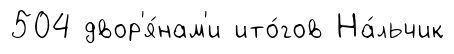
504 двор'я́нам'и ито́гов На́льчик